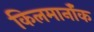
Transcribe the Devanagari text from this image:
किलमार्नॉक